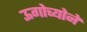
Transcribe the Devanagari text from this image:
ऊगोच्योने